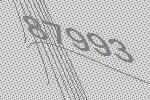
87993